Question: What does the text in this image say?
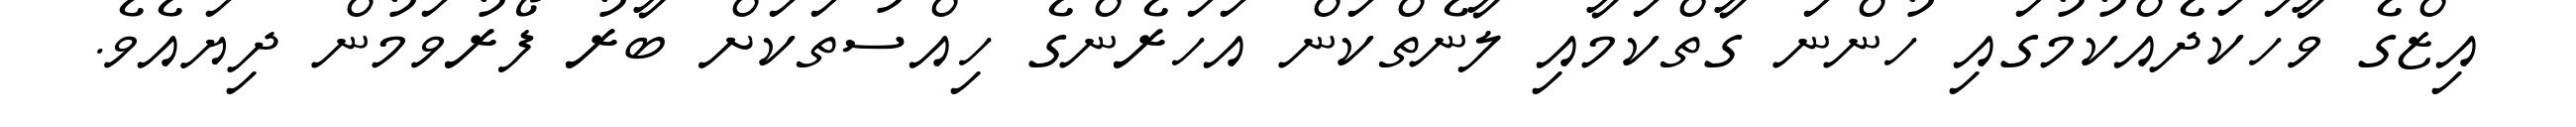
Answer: އިޒްގެ ވާހަކަދެއްކުމުގައި ހުންނަ ގާތްކަމާއި ލާނެތްކަން އަހަރެންގެ ހިއްސުތަކަށް ބާރު ފޯރުވަމުން ދިޔައެވެ.